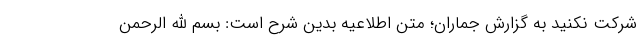
شرکت نکنید به گزارش جماران؛ متن اطلاعیه بدین شرح است: بسم الله الرحمن